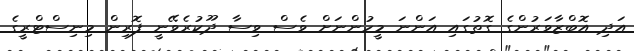
އަދި އޮބްޒާވަރުންގެ ގޮތުގައި އަންނަ މީހުންނަށް ވެސް ވިސާ ދޫކުރެވޭނީ ފޮރިން މިނިސްޓްރީގެ